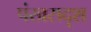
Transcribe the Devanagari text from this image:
पंखसदृश